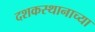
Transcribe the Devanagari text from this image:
दशकस्थानाच्या